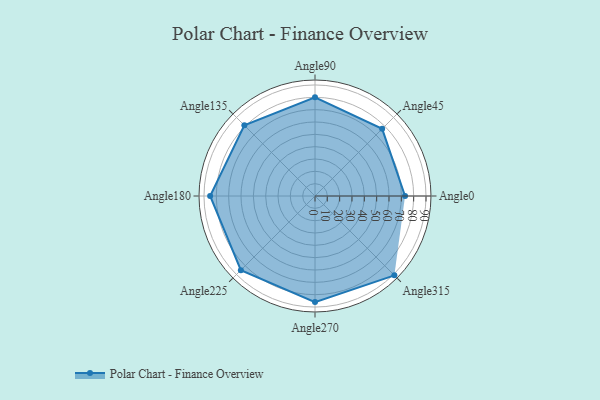
{"axis": {"x": "Angle", "y": "Radius"}, "legend": [""], "data": [{"x": "Angle0", "y": 73.0, "type": ""}, {"x": "Angle45", "y": 77.0, "type": ""}, {"x": "Angle90", "y": 80.0, "type": ""}, {"x": "Angle135", "y": 81.0, "type": ""}, {"x": "Angle180", "y": 85.0, "type": ""}, {"x": "Angle225", "y": 85.0, "type": ""}, {"x": "Angle270", "y": 86.0, "type": ""}, {"x": "Angle315", "y": 91.0, "type": ""}]}